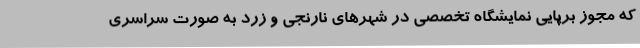
که مجوز برپایی نمایشگاه تخصصی در شهرهای نارنجی و زرد به صورت سراسری